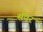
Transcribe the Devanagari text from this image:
सैंवर